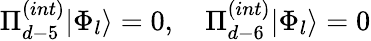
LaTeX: \Pi_{d-5}^{(int)}|\Phi_{l}\rangle=0,\quad\Pi_{d-6}^{(int)}|\Phi_{l}\rangle=0